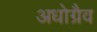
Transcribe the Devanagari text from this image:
अधोग्रैव